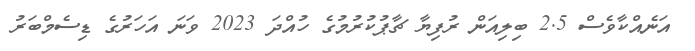
އަނެއްކާވެސް 2.5 ބިލިއަން ރުފިޔާ ޗާޕުކުރުމުގެ ހުއްދަ 2023 ވަނަ އަހަރުގެ ޑިސެމްބަރު